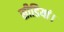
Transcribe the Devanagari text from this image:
सीडियां।